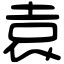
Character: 袁